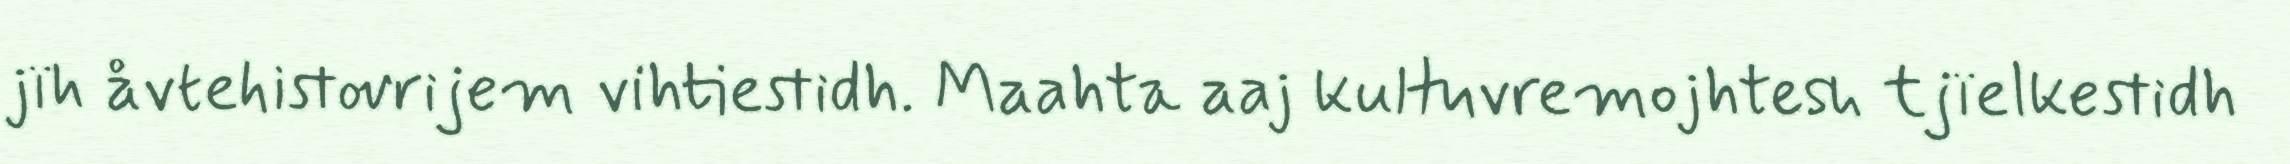
jïh åvtehistovrijem vihtiestidh. Maahta aaj kultuvremojhtesh tjïelkestidh